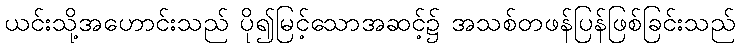
ယင်းသို့အဟောင်းသည် ပို၍မြင့်သောအဆင့်၌ အသစ်တဖန်ပြန်ဖြစ်ခြင်းသည်